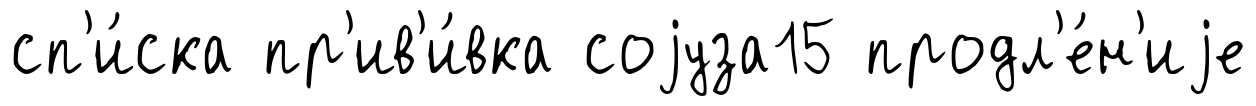
сп'и́ска пр'ив'и́вка соjуза15 продл'е́н'иjе